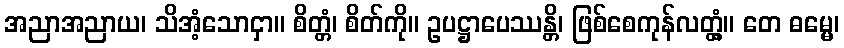
အညာအညာယ၊ သိအံ့သောငှာ။ စိတ္တံ၊ စိတ်ကို။ ဥပဋ္ဌာပေဿန္တိ၊ ဖြစ်စေကုန်လတ္တံ့။ တေ ဓမ္မေ၊